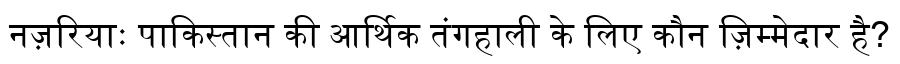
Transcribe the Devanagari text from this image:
नज़रियाः पाकिस्तान की आर्थिक तंगहाली के लिए कौन ज़िम्मेदार है?